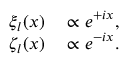
\begin{array} { r l } { \xi _ { l } ( x ) } & { { } \propto e ^ { + i x } , } \\ { \zeta _ { l } ( x ) } & { { } \propto e ^ { - i x } . } \end{array}